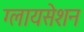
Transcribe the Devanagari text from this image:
ग्लायसेशन